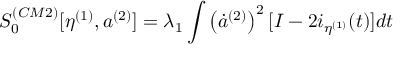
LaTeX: S _ { 0 } ^ { ( C M 2 ) } [ \eta ^ { ( 1 ) } , a ^ { ( 2 ) } ] = \lambda _ { 1 } \int \left( \dot { a } ^ { ( 2 ) } \right) ^ { 2 } [ I - 2 i _ { \eta ^ { ( 1 ) } } ( t ) ] d t